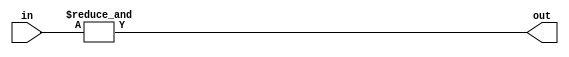
module f1_TECH_AND18(input [17:0] in, output out);
assign out = &in;
endmodule